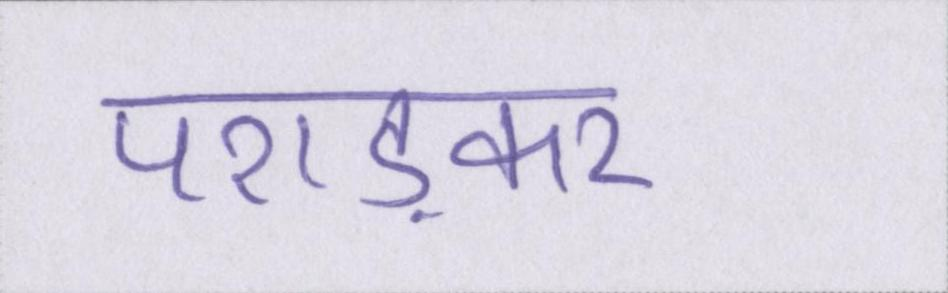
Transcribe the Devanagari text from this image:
पराड़कर